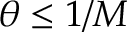
\theta \leq 1 / M